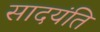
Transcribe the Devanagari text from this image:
सादयंति